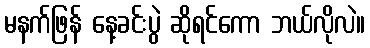
မနက်ဖြန် နေ့ခင်းပွဲ ဆိုရင်ကော ဘယ်လိုလဲ။